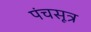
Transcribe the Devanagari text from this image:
पंचसूत्र